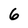
Character: 6